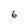
Character: 6